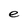
Character: e